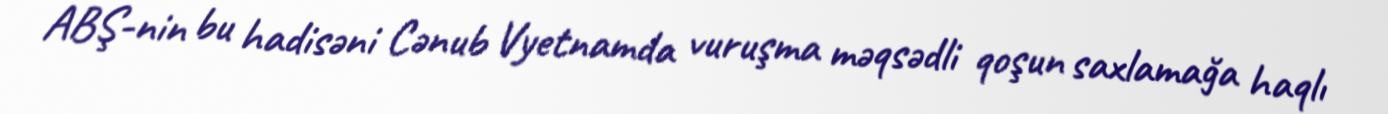
ABŞ-nin bu hadisəni Cənub Vyetnamda vuruşma məqsədli qoşun saxlamağa haqlı